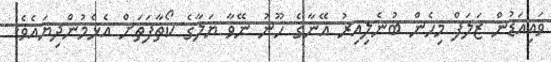
ވައިއަޑުން ޒަލަފް މިހެން ބުނެލިއިރު އޭނާގެ ހޫނު ނޭވާ ޔަލާގެ ކޯތާފަތަށް އެޅެމުންދިޔައެވެ.